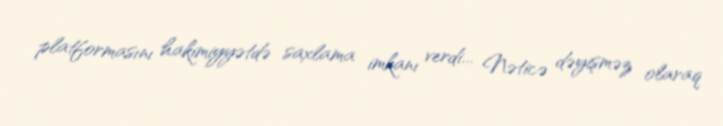
platformasını hakimiyyətdə saxlama imkanı verdi... Nəticə dəyişməz olaraq